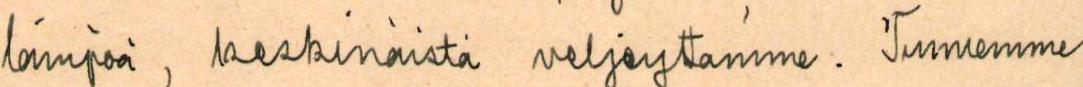
lämpöä, keskinäistä veljeyttämme. Tunnemme